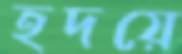
হদয়ে